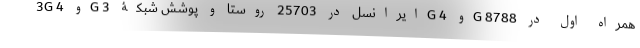
3G و 4G ایرانسل در 25703 روستا و پوشش شبکۀ 3G و 4G همراه اول در 8788